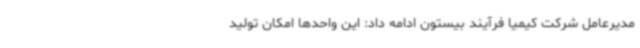
مدیرعامل شرکت کیمیا فرآیند بیستون ادامه داد: این واحدها امکان تولید